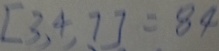
[ 3 , 4 , 7 ] = 8 4